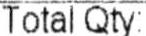
TOTAL QTY: